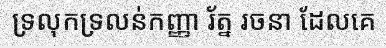
ទ្រលុកទ្រលន់កញ្ញា រ័ត្ន រចនា ដែលគេ